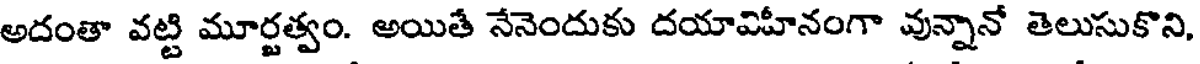
అదంతా వట్టి మూర్జత్వం. అయితే నేనెందుకు దయావిహీనంగా వున్నానో తెలుసుకొని,